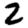
Digit: 2